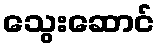
သွေးဆောင်